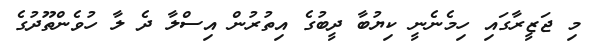
މި ޖަޒީރާގައި ހިމެނެނީ ކިޔުބާ ދީބުގެ އިތުރުން އިސްލާ ދެ ލާ ހުވެންތޫދުގެ